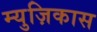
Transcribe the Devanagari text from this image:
म्युज़िकास